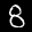
Label: 8